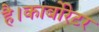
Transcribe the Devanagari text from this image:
है।कार्बोरेटर